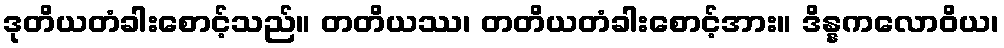
ဒုတိယတံခါးစောင့်သည်။ တတိယဿ၊ တတိယတံခါးစောင့်အား။ ဒိန္နကလောဝိယ၊